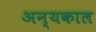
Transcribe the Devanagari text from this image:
अन्यकाल